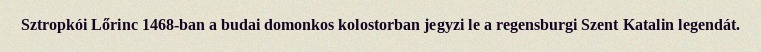
Sztropkói Lőrinc 1468-ban a budai domonkos kolostorban jegyzi le a regensburgi Szent Katalin legendát.